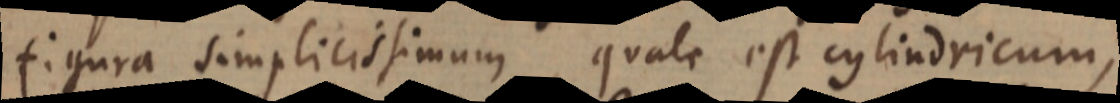
figura simplicissimum, quale est cylindricum,